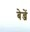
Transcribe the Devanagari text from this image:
बेन्जें